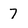
Character: 7